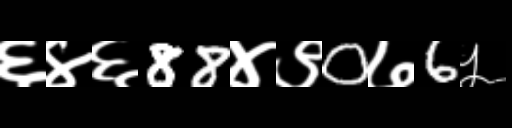
Text: ६४६88४९0७6५